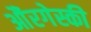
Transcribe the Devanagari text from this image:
औंरगेस्की